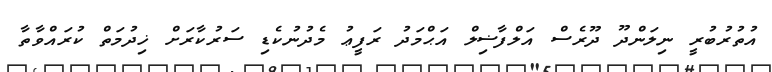
އުތުރުބުރީ ނިލަންދޫ ދޫރެސް އަލްފާޟިލް އަޙްމަދު ރަފީޢު މެދުނުކެޑި ސަރުކާރަށް ޚިދުމަތް ކުރައްވާތާ